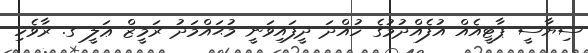
ސިޔާސީ ޕާޓީއެއް އުފެއްދުމުގެ ހުއްދަ ދީފައިވަނީ މުޙައްމަދު ރަމީޒް ޢަލީ ގ. ރާވެހި